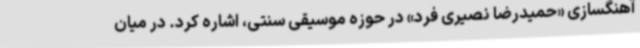
آهنگسازی «حمیدرضا نصیری فرد» در حوزه موسیقی سنتی، اشاره کرد. در میان